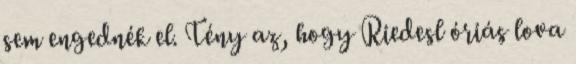
sem engednék el. Tény az, hogy Riedesl óriás lova